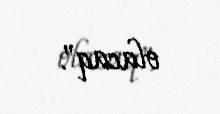
olacaq".